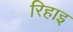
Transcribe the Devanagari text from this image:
रिहाइ